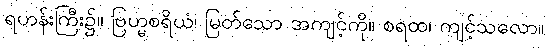
ရဟန်းကြီး၌။ ဗြဟ္မစရိယံ၊ မြတ်သော အကျင့်ကို။ စရထ၊ ကျင့်သလော။